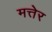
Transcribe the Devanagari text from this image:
मत्तेर